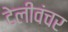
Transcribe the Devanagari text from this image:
टेलीवंचर